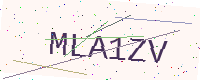
Text: MLA1ZV